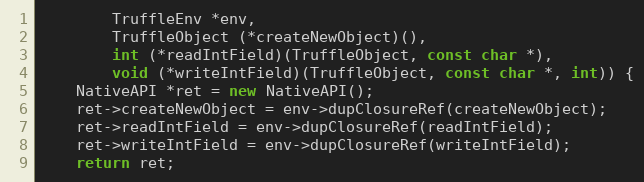
Language: C++
        TruffleEnv *env,
        TruffleObject (*createNewObject)(),
        int (*readIntField)(TruffleObject, const char *),
        void (*writeIntField)(TruffleObject, const char *, int)) {
    NativeAPI *ret = new NativeAPI();
    ret->createNewObject = env->dupClosureRef(createNewObject);
    ret->readIntField = env->dupClosureRef(readIntField);
    ret->writeIntField = env->dupClosureRef(writeIntField);
    return ret;